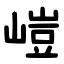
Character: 嵦